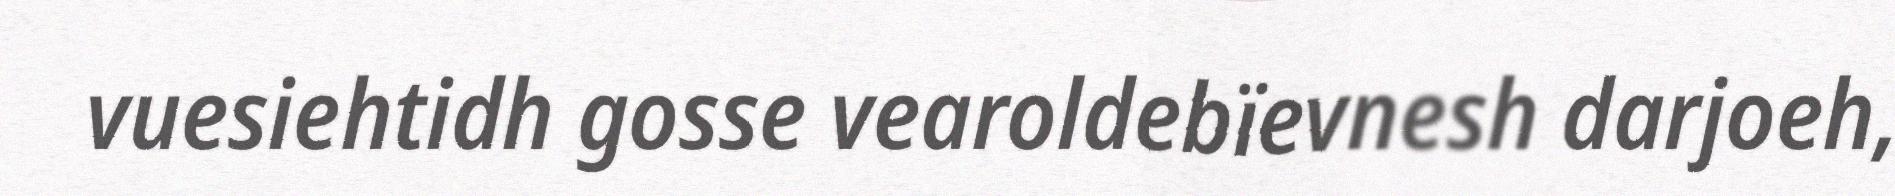
vuesiehtidh gosse vearoldebïevnesh darjoeh,